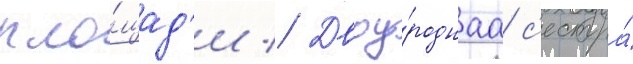
пло́щад'и // Двоу́роднаа с'естра́